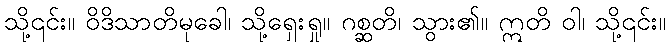
သို့၎င်း။ ဝိဒိသာတိမုခေါ၊ သို့ရှေးရှု။ ဂစ္ဆတိ၊ သွား၏။ ဣတိ ဝါ၊ သို့၎င်း။